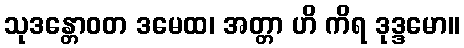
သုဒန္တောဝတ ဒမေထ၊ အတ္တာ ဟိ ကိရ ဒုဒ္ဒမော။